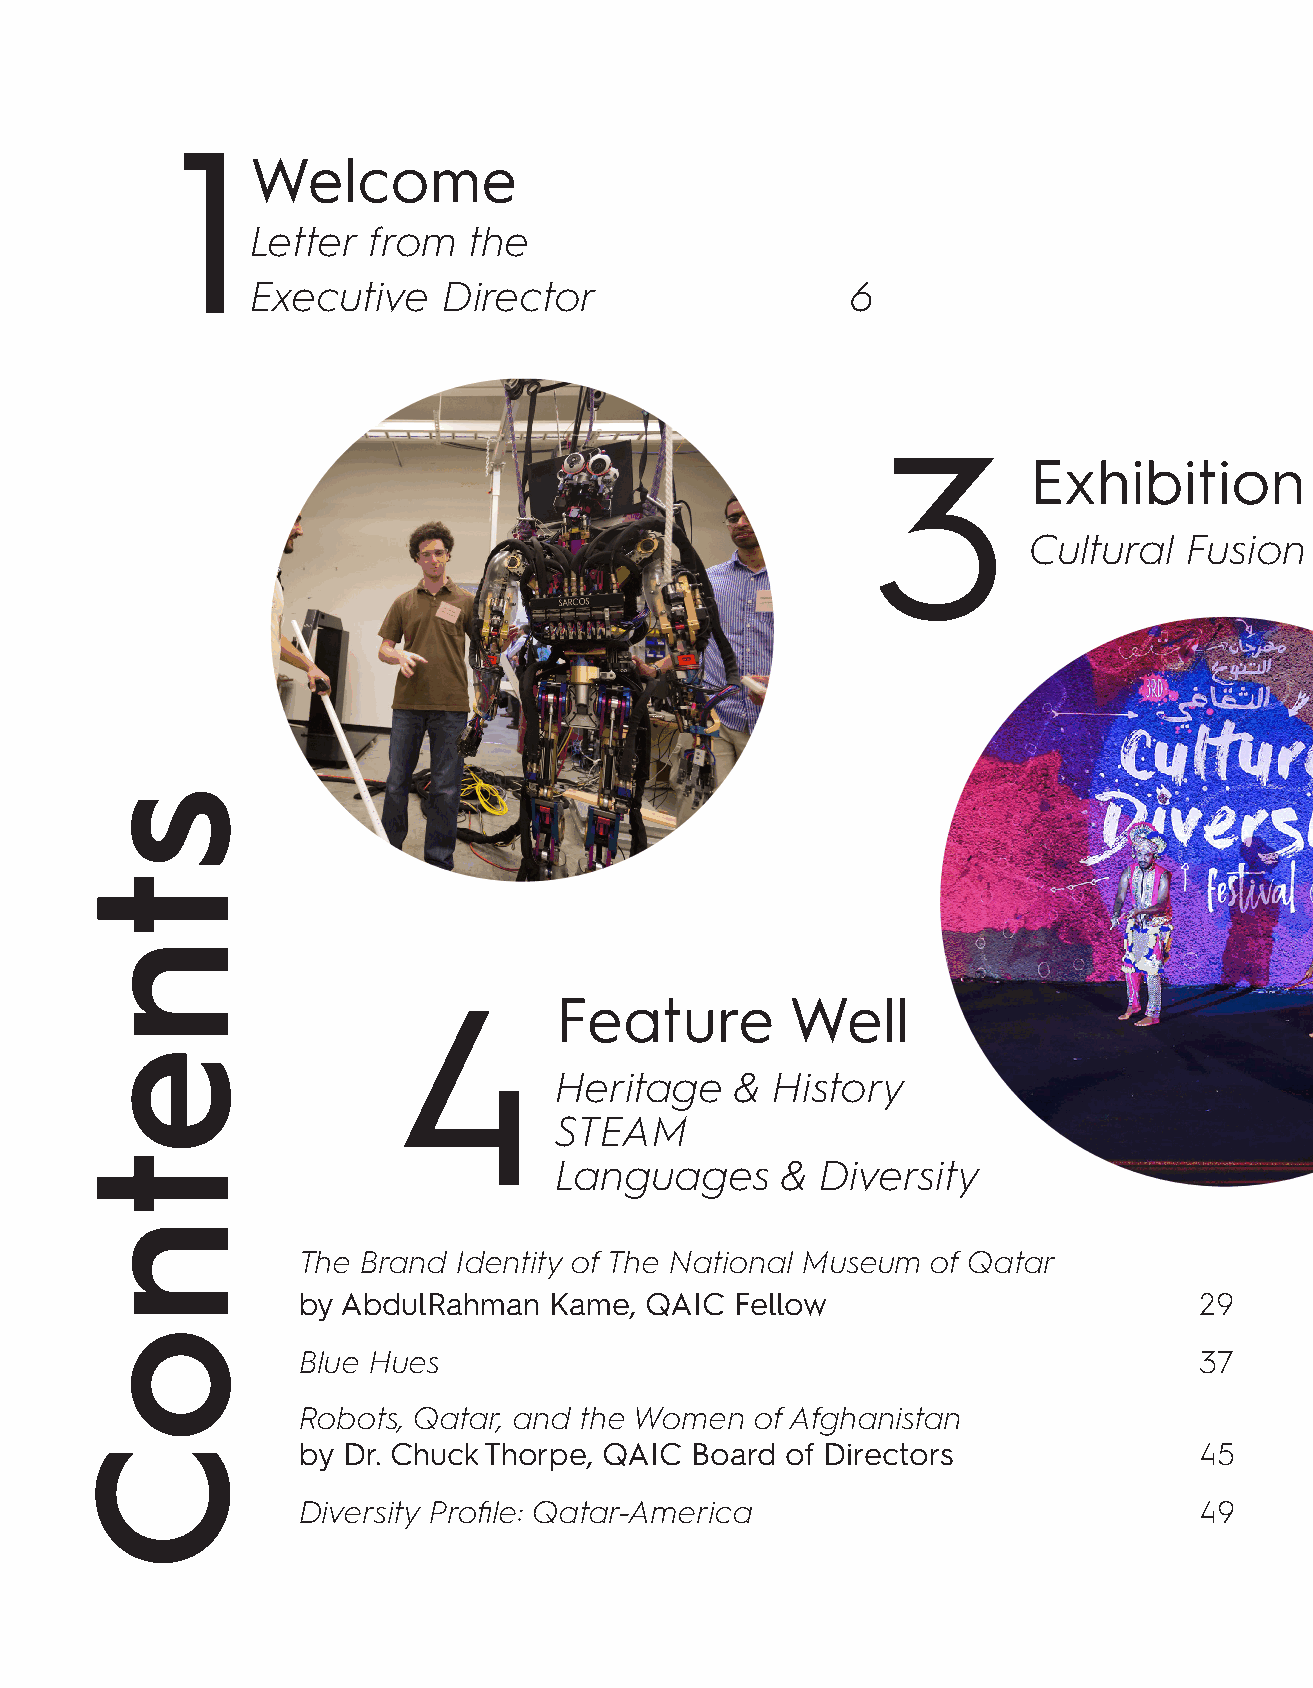
1
 Welcome
 Letter from   the
 Executive   Director                   6
 3
 Exhibition          In  Depth
 Cultural   Fusion                           23
 4          Feature        Well
 Heritage    & History
 STEAM
 Languages      & Diversity
 The Brand Identity of The National Museum of Qatar
 by AbdulRahman  Kame,  QAIC  Fellow                        29
 Blue Hues                                                  37
 Robots, Qatar, and the Women  of Afghanistan
 by Dr. Chuck Thorpe, QAIC Board of Directors               45
 Diversity Profile: Qatar-America                           49
 stnetnoC